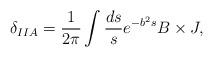
LaTeX: \begin{align*}\delta_{IIA}=\frac{1}{2\pi}\int \frac{ds}{s} e^{-b^2 s} B \times J,\end{align*}